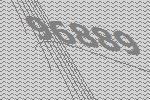
96889